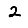
Digit: 2